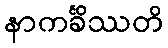
နာကင်္ခိဿတိ